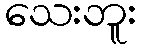
သေးဘူး